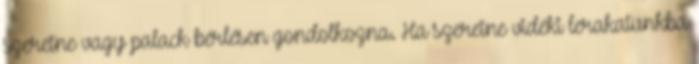
szeretne vagy palack bérlésen gondolkozna. Ha szeretne vidéki lerakatunkba